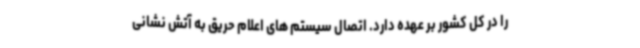
را در کل کشور بر عهده دارد. اتصال سیستم های اعلام حریق به آتش نشانی